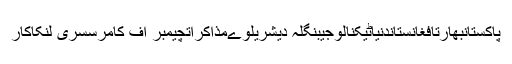
پاکستانبھارتافغانستاندنیاٹیکنالوجیبنگلہ دیشریلوےمذاکراتچیمبر آف کامرسسری لنکاکار